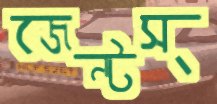
জেন্টস্